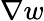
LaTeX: \nabla w